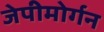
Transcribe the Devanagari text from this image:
जेपीमोर्गन